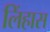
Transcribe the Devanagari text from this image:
लिंहास